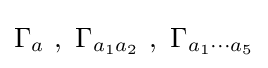
\Gamma _{a}~,~\Gamma _{a_{1}a_{2}}~,~\Gamma _{a_{1}\dotsm a_{5}}